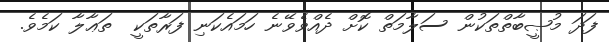
ފަދަ މުޞީބާތްތަކުން ސަލާމަތް ކޮށް ދެއްވެވޭނެ ހަމައެކަނި ފަރާތަކީ  ތަޢާލާ ކަމެވެ.